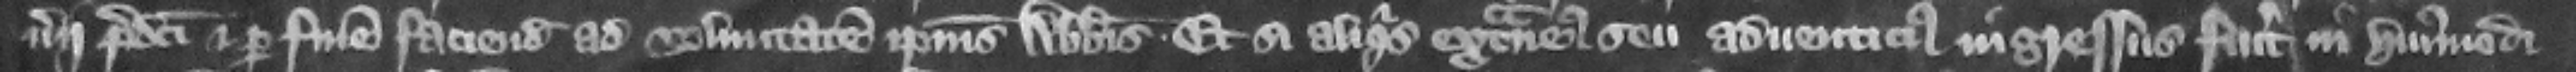
nerii predicti et per finem faciendam ad voluntatem ipsius abbatis. Et si aliquis extraneus seu aduenticius ingressus fuerit in huiusmodi